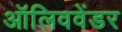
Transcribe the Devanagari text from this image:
ऑलिववेंडर